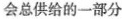
会总供给的一部分